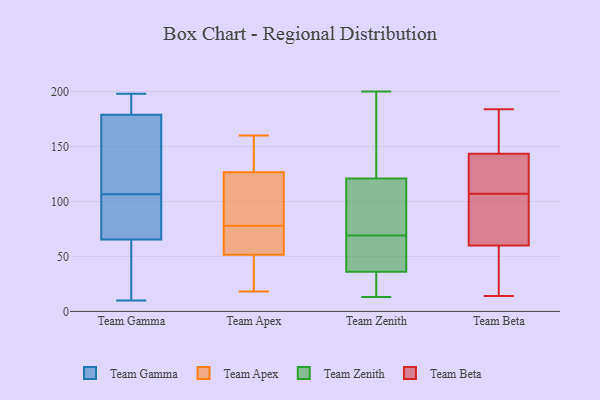
{"axis": {"x": "Budget (USD K)", "y": "Value"}, "legend": ["Team Apex", "Team Beta", "Team Gamma", "Team Zenith"], "data": [{"x": "", "y": 184, "type": "Team Gamma"}, {"x": "", "y": 192, "type": "Team Gamma"}, {"x": "", "y": 153, "type": "Team Gamma"}, {"x": "", "y": 98, "type": "Team Gamma"}, {"x": "", "y": 64, "type": "Team Gamma"}, {"x": "", "y": 65, "type": "Team Gamma"}, {"x": "", "y": 81, "type": "Team Gamma"}, {"x": "", "y": 115, "type": "Team Gamma"}, {"x": "", "y": 79, "type": "Team Gamma"}, {"x": "", "y": 10, "type": "Team Gamma"}, {"x": "", "y": 198, "type": "Team Gamma"}, {"x": "", "y": 143, "type": "Team Gamma"}, {"x": "", "y": 66, "type": "Team Gamma"}, {"x": "", "y": 47, "type": "Team Gamma"}, {"x": "", "y": 174, "type": "Team Gamma"}, {"x": "", "y": 193, "type": "Team Gamma"}, {"x": "", "y": 32, "type": "Team Apex"}, {"x": "", "y": 89, "type": "Team Apex"}, {"x": "", "y": 78, "type": "Team Apex"}, {"x": "", "y": 160, "type": "Team Apex"}, {"x": "", "y": 128, "type": "Team Apex"}, {"x": "", "y": 154, "type": "Team Apex"}, {"x": "", "y": 62, "type": "Team Apex"}, {"x": "", "y": 79, "type": "Team Apex"}, {"x": "", "y": 62, "type": "Team Apex"}, {"x": "", "y": 159, "type": "Team Apex"}, {"x": "", "y": 48, "type": "Team Apex"}, {"x": "", "y": 66, "type": "Team Apex"}, {"x": "", "y": 122, "type": "Team Apex"}, {"x": "", "y": 18, "type": "Team Apex"}, {"x": "", "y": 35, "type": "Team Apex"}, {"x": "", "y": 70, "type": "Team Zenith"}, {"x": "", "y": 35, "type": "Team Zenith"}, {"x": "", "y": 37, "type": "Team Zenith"}, {"x": "", "y": 120, "type": "Team Zenith"}, {"x": "", "y": 19, "type": "Team Zenith"}, {"x": "", "y": 95, "type": "Team Zenith"}, {"x": "", "y": 73, "type": "Team Zenith"}, {"x": "", "y": 14, "type": "Team Zenith"}, {"x": "", "y": 68, "type": "Team Zenith"}, {"x": "", "y": 59, "type": "Team Zenith"}, {"x": "", "y": 34, "type": "Team Zenith"}, {"x": "", "y": 200, "type": "Team Zenith"}, {"x": "", "y": 45, "type": "Team Zenith"}, {"x": "", "y": 171, "type": "Team Zenith"}, {"x": "", "y": 45, "type": "Team Zenith"}, {"x": "", "y": 106, "type": "Team Zenith"}, {"x": "", "y": 122, "type": "Team Zenith"}, {"x": "", "y": 13, "type": "Team Zenith"}, {"x": "", "y": 166, "type": "Team Zenith"}, {"x": "", "y": 176, "type": "Team Zenith"}, {"x": "", "y": 108, "type": "Team Beta"}, {"x": "", "y": 152, "type": "Team Beta"}, {"x": "", "y": 85, "type": "Team Beta"}, {"x": "", "y": 139, "type": "Team Beta"}, {"x": "", "y": 112, "type": "Team Beta"}, {"x": "", "y": 59, "type": "Team Beta"}, {"x": "", "y": 14, "type": "Team Beta"}, {"x": "", "y": 107, "type": "Team Beta"}, {"x": "", "y": 63, "type": "Team Beta"}, {"x": "", "y": 71, "type": "Team Beta"}, {"x": "", "y": 159, "type": "Team Beta"}, {"x": "", "y": 184, "type": "Team Beta"}, {"x": "", "y": 27, "type": "Team Beta"}, {"x": "", "y": 45, "type": "Team Beta"}, {"x": "", "y": 145, "type": "Team Beta"}]}